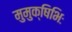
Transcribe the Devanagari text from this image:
मुमुक्षिभिः